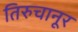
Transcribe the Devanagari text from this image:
तिरुचानूर